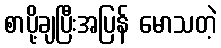
စာပို့ချပြီးအပြန် မောသတဲ့